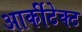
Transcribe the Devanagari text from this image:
आर्कीटेक्ट